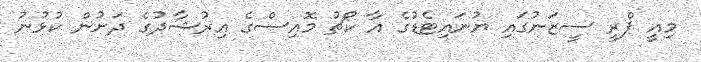
މިއީ ޕްރީ ސީޒަނުގައި ޔުނައިޓެޑުގެ އާ ކޯޗު މޮއިސްގެ އިރުޝާދުގެ ދަށުން ކުޅުނު